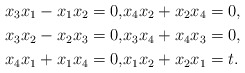
\begin{align*}x_3 x_1-x_1x_2 =0, &x_4x_2+x_2x_4=0,\\x_3 x_2-x_2x_3 =0, &x_3x_4+x_4x_3=0,\\x_4 x_1+x_1x_4 =0, &x_1x_2+x_2x_1=t.\end{align*}